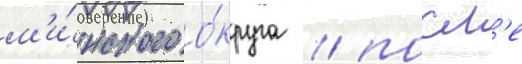
м'и́нского о́круга / посл'е